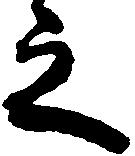
之